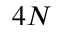
4 N